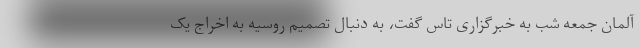
آلمان جمعه شب به خبرگزاری تاس گفت، به دنبال تصمیم روسیه به اخراج یک